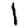
Digit: 1